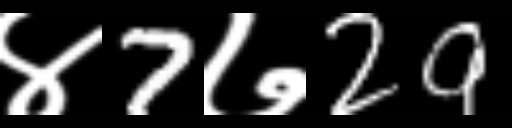
Text: ४7७29